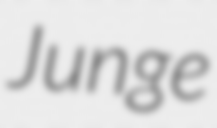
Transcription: Junge